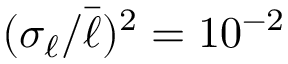
( \sigma _ { \ell } / \bar { \ell } ) ^ { 2 } = 1 0 ^ { - 2 }